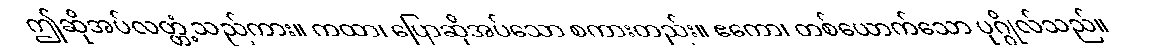
ဤဆိုအပ်လတ္တံ့သည်ကား။ ကထာ၊ ပြောဆိုအပ်သော စကားတည်း။ ဧကော၊ တစ်ယောက်သော ပုဂ္ဂိုလ်သည်။